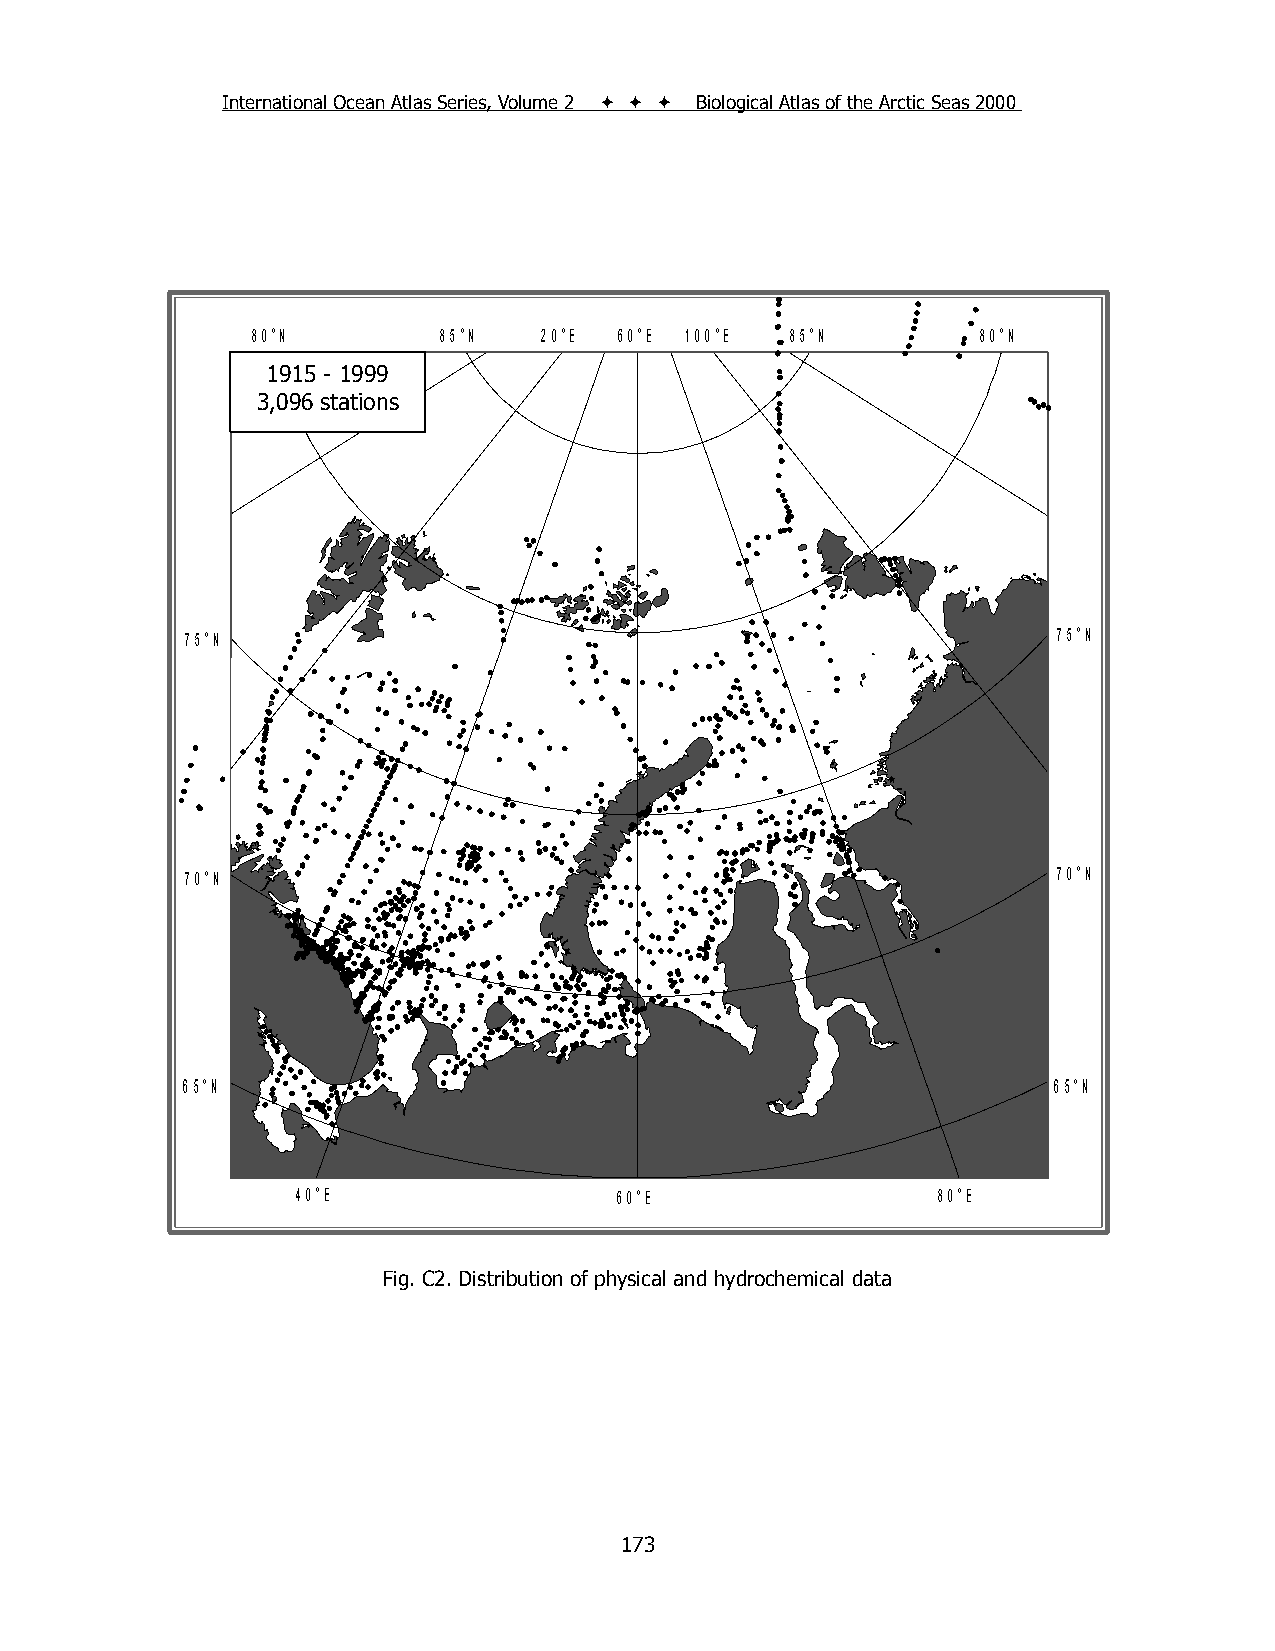
International Ocean Atlas Series, Volume 2    Biological Atlas of the Arctic Seas 2000
 80°N        85°N   20°E 60°E 100°E 85°N         80°N
 191195 1- 51 9-9 19999
 3,135 stations
 3,096 stations
 75°N                                                      75°N
 70°N                                                      70°N
 6650°°NN                                                  6650°°NN
 40°E                 60°E                 80°E
 Fig. C2. Distribution of physical and hydrochemical data
 173